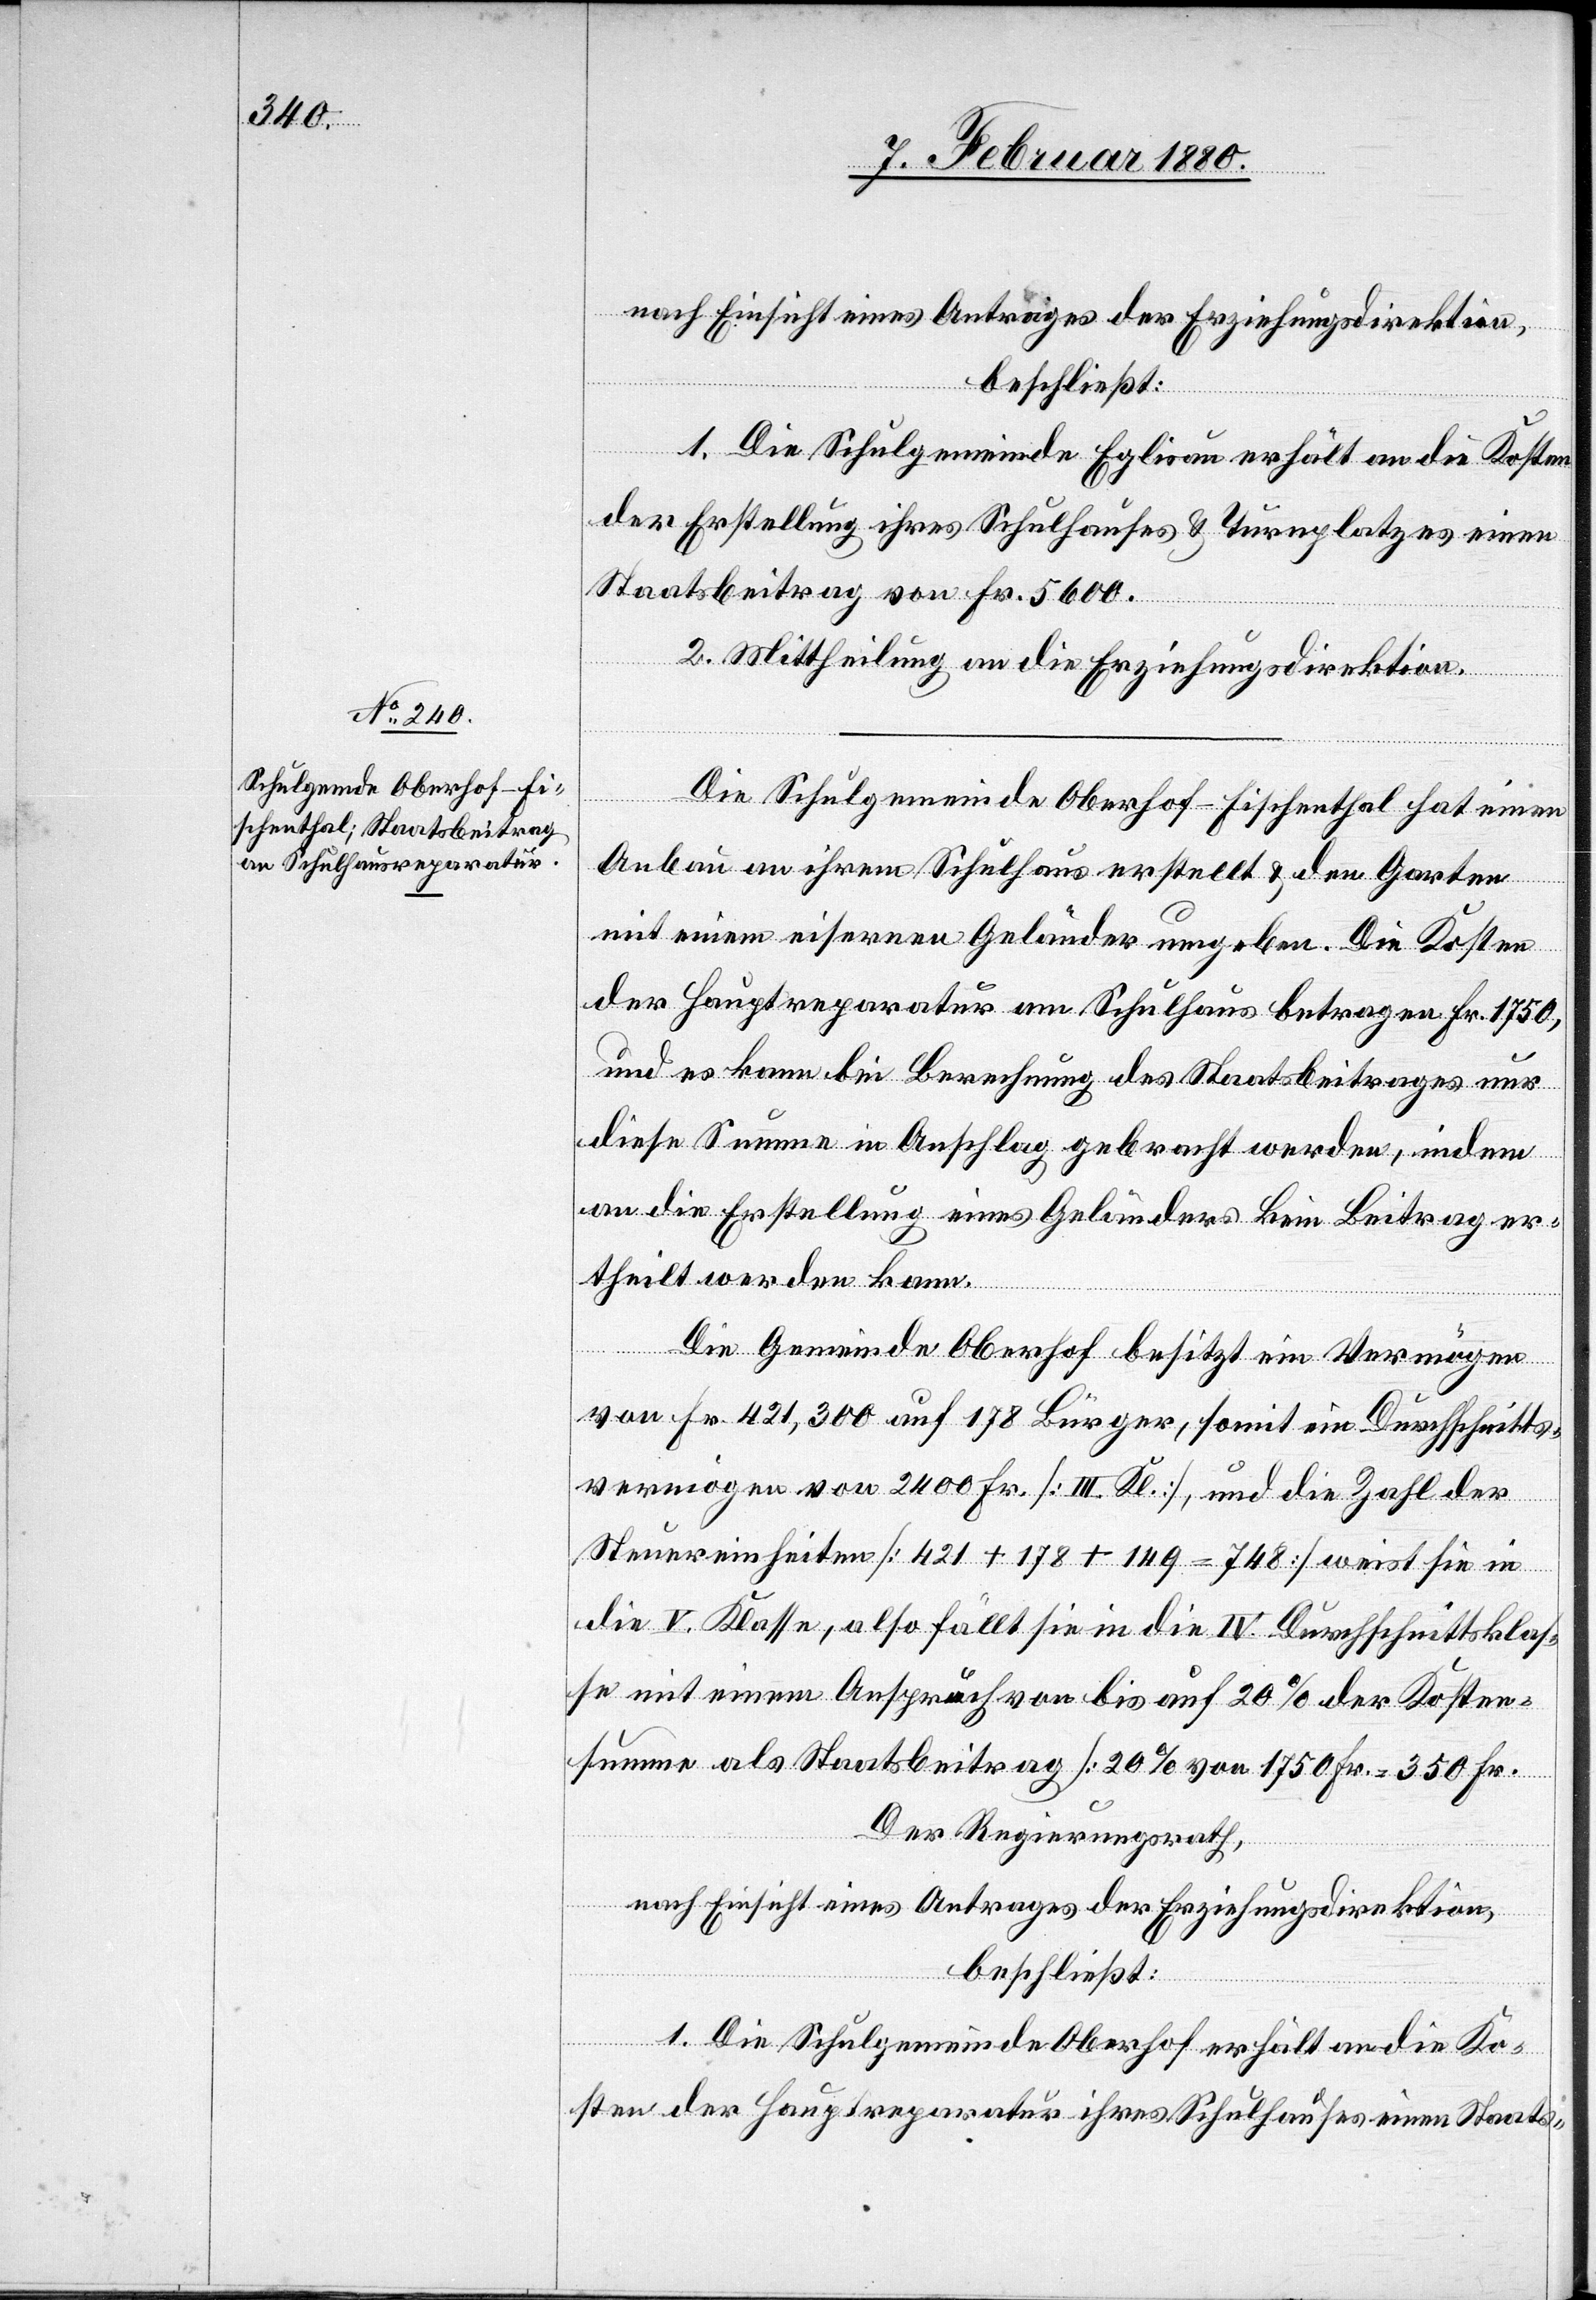
nach Einsicht eines Antrages der Erziehungsdirektion,
beschließt:
1. Die Schulgemeinde Eglisau erhält an die Kosten
der Erstellung ihres Schulhauses & Turnplatzes einen
Staatsbeitrag von Fr. 5600.
2. Mittheilung an die Erziehungsdirektion.
Die Schulgemeinde Oberhof - Fischenthal hat einen
Anbau an ihrem Schulhaus erstellt & den Garten
mit einem eisernen Geländer umgeben. Die Kosten
der Hauptreparatur am Schulhaus betragen Fr. 1750,
und es kann bei Berechnung des Staatsbeitrages nur
diese Summe in Anschlag gebracht werden, indem
an die Erstellung eines Geländers kein Beitrag er¬
theilt werden kann.
Die Gemeinde Oberhof besitzt ein Vermögen
von Fr. 421,300 auf 178 Bürger, somit ein Durchschnitts¬
vermögen von 2400 Fr. [III. Kl.], und die Zahl der
Steuereinheiten [421 + 178 140 = 748] weist sie in
die V. Klasse, also fällt sie in die IV. Durchschnittsklas¬
se mit einem Anspruch von bis auf 20% der Kosten¬
summe als Staatsbeitrag [20% von 1750 Fr. = 350 Fr.]
Der Regierungsrath,
1. Die Schulgemeinde Oberhof erhält an die Ko¬
sten der Hauptreparatur ihres Schulhauses einen Staats-